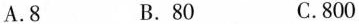
A.8 B.80 C.800